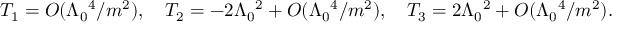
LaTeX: T _ { 1 } = O ( \Lambda _ { 0 } { } ^ { 4 } / m ^ { 2 } ) , \quad T _ { 2 } = - 2 \Lambda _ { 0 } { } ^ { 2 } + O ( \Lambda _ { 0 } { } ^ { 4 } / m ^ { 2 } ) , \quad T _ { 3 } = 2 \Lambda _ { 0 } { } ^ { 2 } + O ( \Lambda _ { 0 } { } ^ { 4 } / m ^ { 2 } ) .